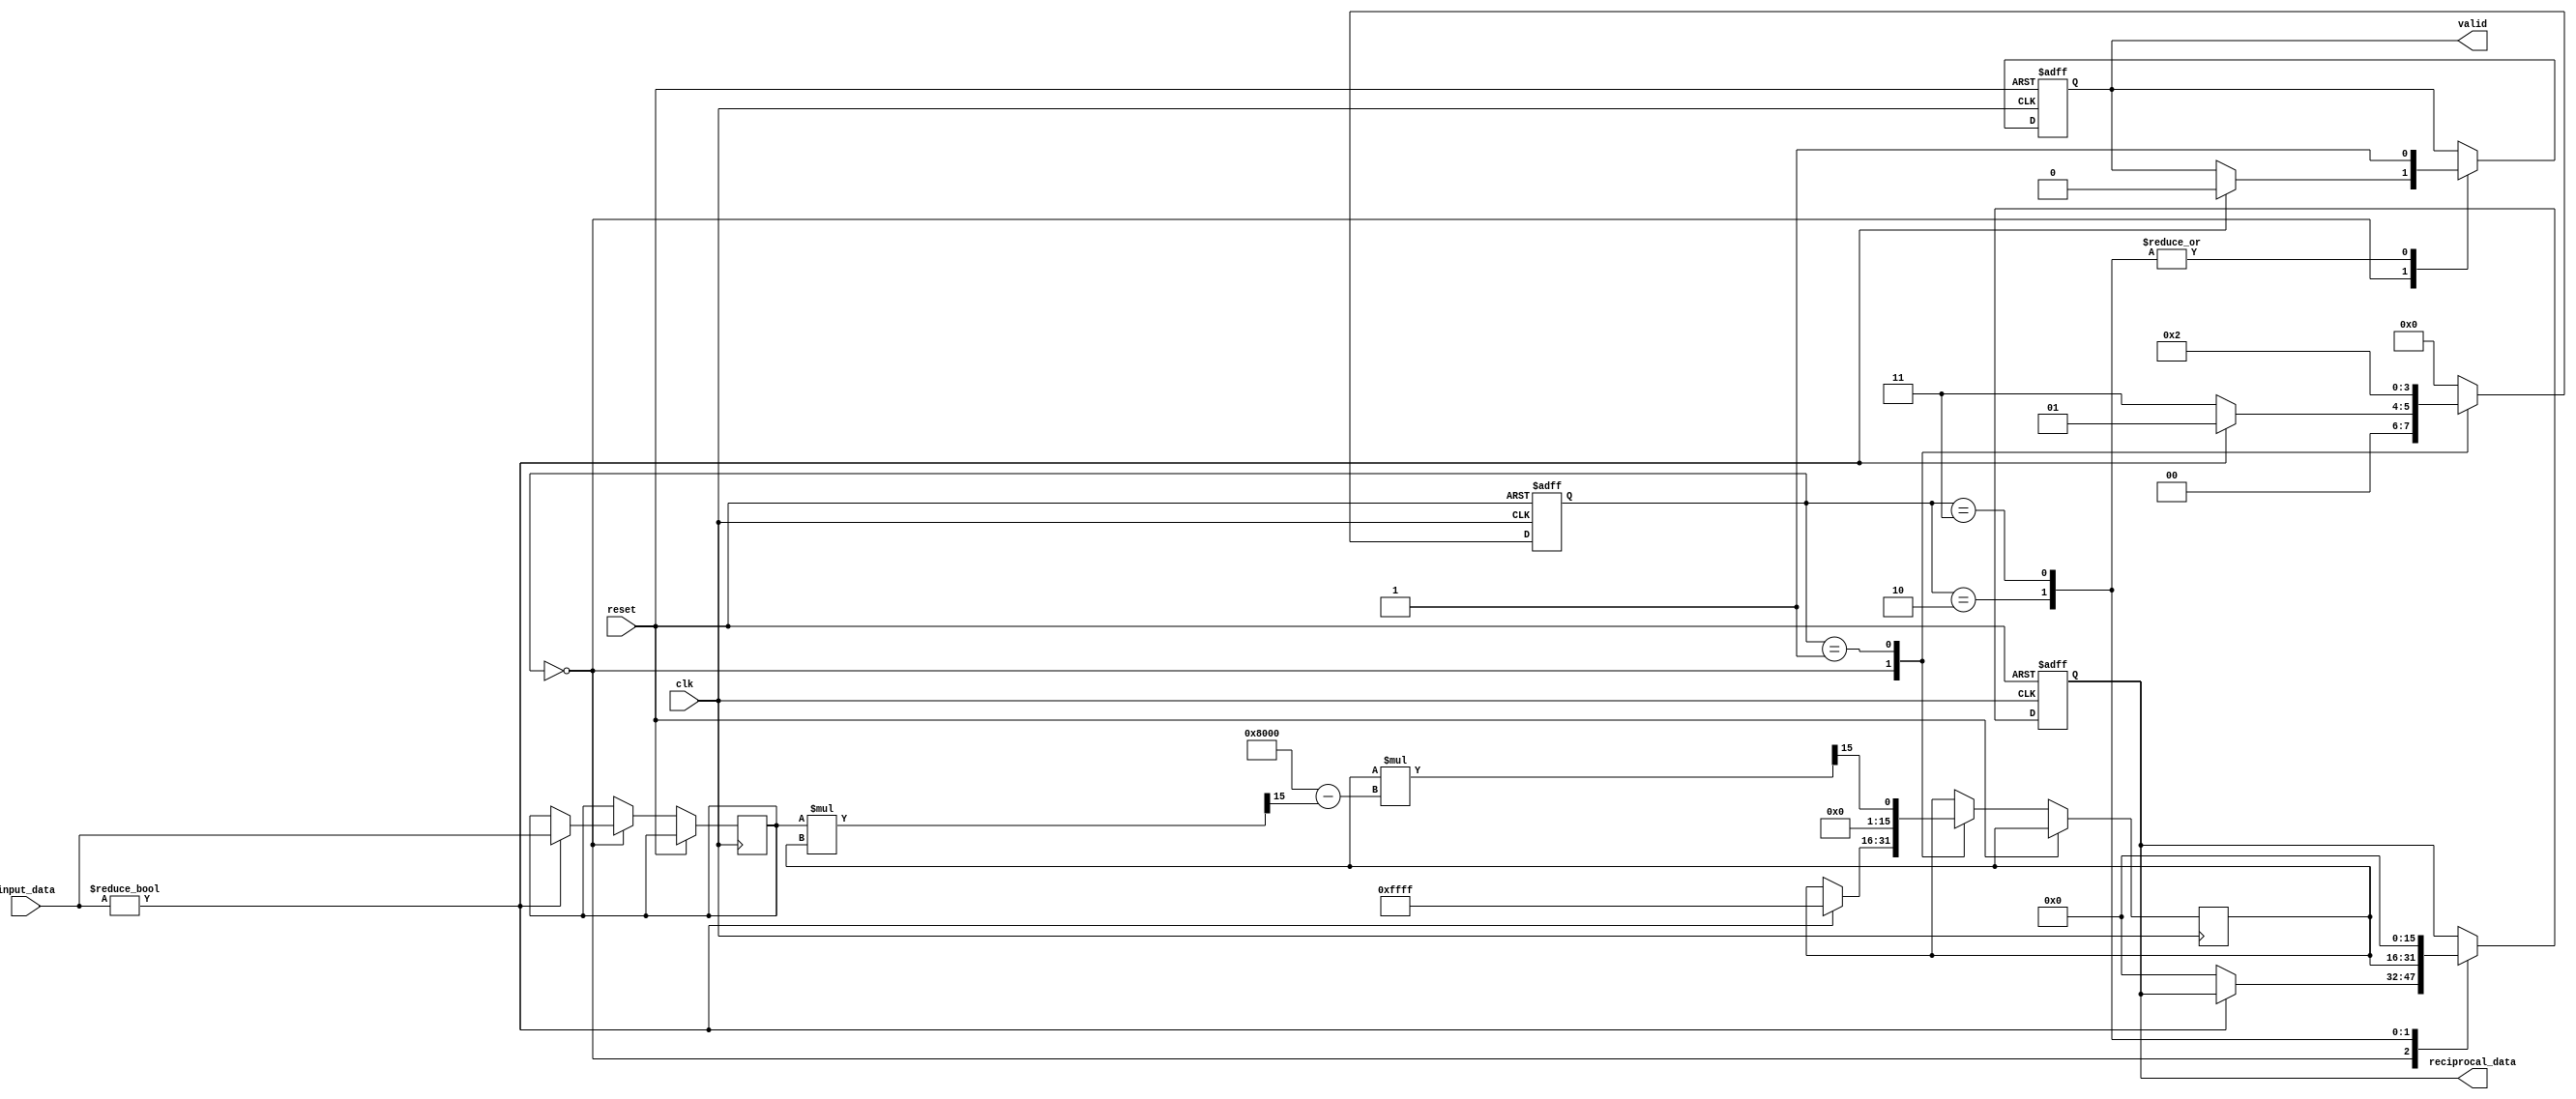
module FixedPointReciprocal(
    input wire [15:0] input_data,  // Fixed-point input (Q1.15 format)
    input wire clk,                 // Clock signal
    input wire reset,               // Asynchronous reset
    output reg [15:0] reciprocal_data, // Fixed-point reciprocal output (Q1.15 format)
    output reg valid                // Output valid signal
);

    reg [3:0] state;
    reg [15:0] approx;              // Approximation of the reciprocal
    reg [15:0] input_reg;           // Register to hold input data
    reg start;                      // Start signal for computation

    // State encoding
    localparam IDLE         = 4'b0000;
    localparam COMPUTE      = 4'b0001;
    localparam DONE         = 4'b0010;
    localparam ERROR        = 4'b0011;

    // Initialize state and output
    always @(posedge clk or posedge reset) begin
        if (reset) begin
            state <= IDLE;
            reciprocal_data <= 16'b0;
            valid <= 1'b0;
        end else begin
            case (state)
                IDLE: begin
                    if (input_data != 16'b0) begin
                        input_reg <= input_data;
                        approx <= 16'hFFFF; // Initial approximation (1.0 in Q1.15)
                        state <= COMPUTE;
                        valid <= 1'b0; // Reset valid signal
                    end else begin
                        reciprocal_data <= 16'b0; // Handle division by zero
                        state <= ERROR;
                    end
                end

                COMPUTE: begin
                    // Newton-Raphson iteration: x[n+1] = x[n] * (2 - x[n] * input)
                    approx <= approx * (16'h8000 - (input_reg * approx >> 15)) >> 15; // Q1.15
                    state <= DONE; // Move to done state after one iteration
                end

                DONE: begin
                    reciprocal_data <= approx; // Store computed reciprocal
                    valid <= 1'b1; // Indicate valid output
                    state <= IDLE; // Go back to IDLE state
                end

                ERROR: begin
                    reciprocal_data <= 16'b0; // Output zero for error state
                    valid <= 1'b1; // Indicate valid output
                    state <= IDLE; // Go back to IDLE state
                end

                default: state <= IDLE; // Safe state
            endcase
        end
    end
endmodule